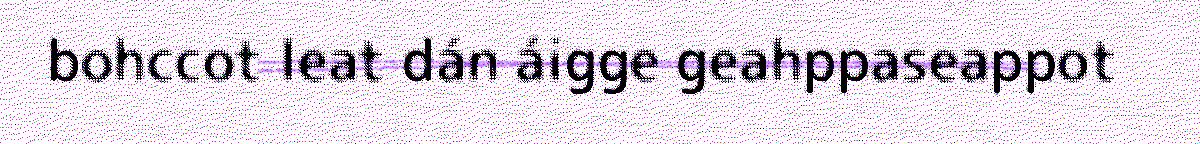
bohccot leat dán áigge geahppaseappot